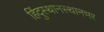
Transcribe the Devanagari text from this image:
हिंदुस्थानस्थानभर